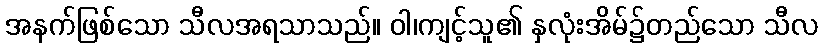
အနက်ဖြစ်သော သီလအရသာသည်။ ဝါ၊ကျင့်သူ၏ နှလုံးအိမ်၌တည်သော သီလ